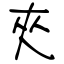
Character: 夾